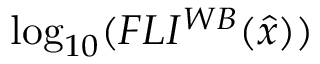
\log _ { { 1 0 } } ( F L I ^ { { W B } } ( \hat { { x } } ) )